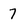
Character: 7